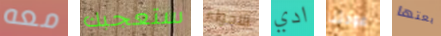
معه ستعجبك الاجواء ادي عودتنا بعتها